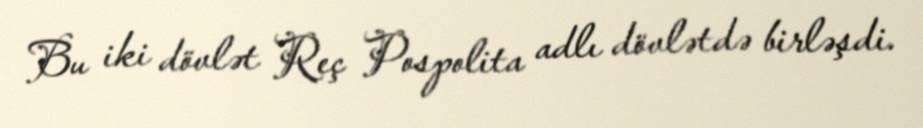
Bu iki dövlət Reç Pospolita adlı dövlətdə birləşdi.